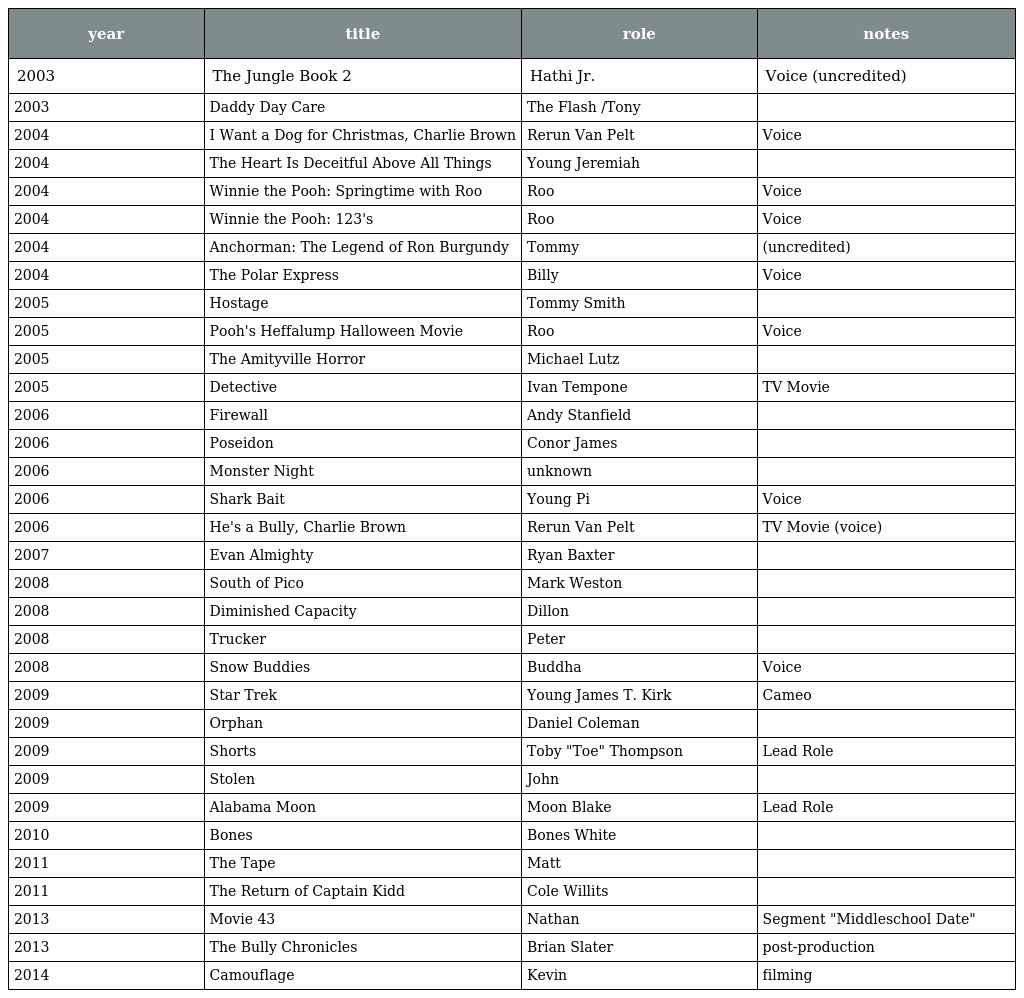
| year | title | role | notes |
 | --- | --- | --- | --- |
 | 2003 | The Jungle Book 2 | Hathi Jr. | Voice (uncredited) |
 | 2003 | Daddy Day Care | The Flash /Tony |  |
 | 2004 | I Want a Dog for Christmas, Charlie Brown | Rerun Van Pelt | Voice |
 | 2004 | The Heart Is Deceitful Above All Things | Young Jeremiah |  |
 | 2004 | Winnie the Pooh: Springtime with Roo | Roo | Voice |
 | 2004 | Winnie the Pooh: 123's | Roo | Voice |
 | 2004 | Anchorman: The Legend of Ron Burgundy | Tommy | (uncredited) |
 | 2004 | The Polar Express | Billy | Voice |
 | 2005 | Hostage | Tommy Smith |  |
 | 2005 | Pooh's Heffalump Halloween Movie | Roo | Voice |
 | 2005 | The Amityville Horror | Michael Lutz |  |
 | 2005 | Detective | Ivan Tempone | TV Movie |
 | 2006 | Firewall | Andy Stanfield |  |
 | 2006 | Poseidon | Conor James |  |
 | 2006 | Monster Night | unknown |  |
 | 2006 | Shark Bait | Young Pi | Voice |
 | 2006 | He's a Bully, Charlie Brown | Rerun Van Pelt | TV Movie (voice) |
 | 2007 | Evan Almighty | Ryan Baxter |  |
 | 2008 | South of Pico | Mark Weston |  |
 | 2008 | Diminished Capacity | Dillon |  |
 | 2008 | Trucker | Peter |  |
 | 2008 | Snow Buddies | Buddha | Voice |
 | 2009 | Star Trek | Young James T. Kirk | Cameo |
 | 2009 | Orphan | Daniel Coleman |  |
 | 2009 | Shorts | Toby "Toe" Thompson | Lead Role |
 | 2009 | Stolen | John |  |
 | 2009 | Alabama Moon | Moon Blake | Lead Role |
 | 2010 | Bones | Bones White |  |
 | 2011 | The Tape | Matt |  |
 | 2011 | The Return of Captain Kidd | Cole Willits |  |
 | 2013 | Movie 43 | Nathan | Segment "Middleschool Date" |
 | 2013 | The Bully Chronicles | Brian Slater | post-production |
 | 2014 | Camouflage | Kevin | filming |